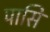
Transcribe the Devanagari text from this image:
पासि